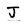
Character: J